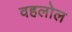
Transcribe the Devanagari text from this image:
वहलोल